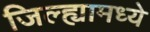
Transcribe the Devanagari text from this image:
जिल्‍ह्यामध्‍ये